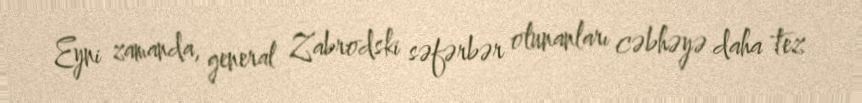
Eyni zamanda, general Zabrodski səfərbər olunanları cəbhəyə daha tez